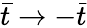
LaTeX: \bar{t}\to-\bar{t}